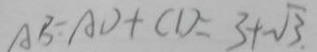
A B = A D + C D = 3 + \sqrt { 3 } .